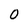
Character: O